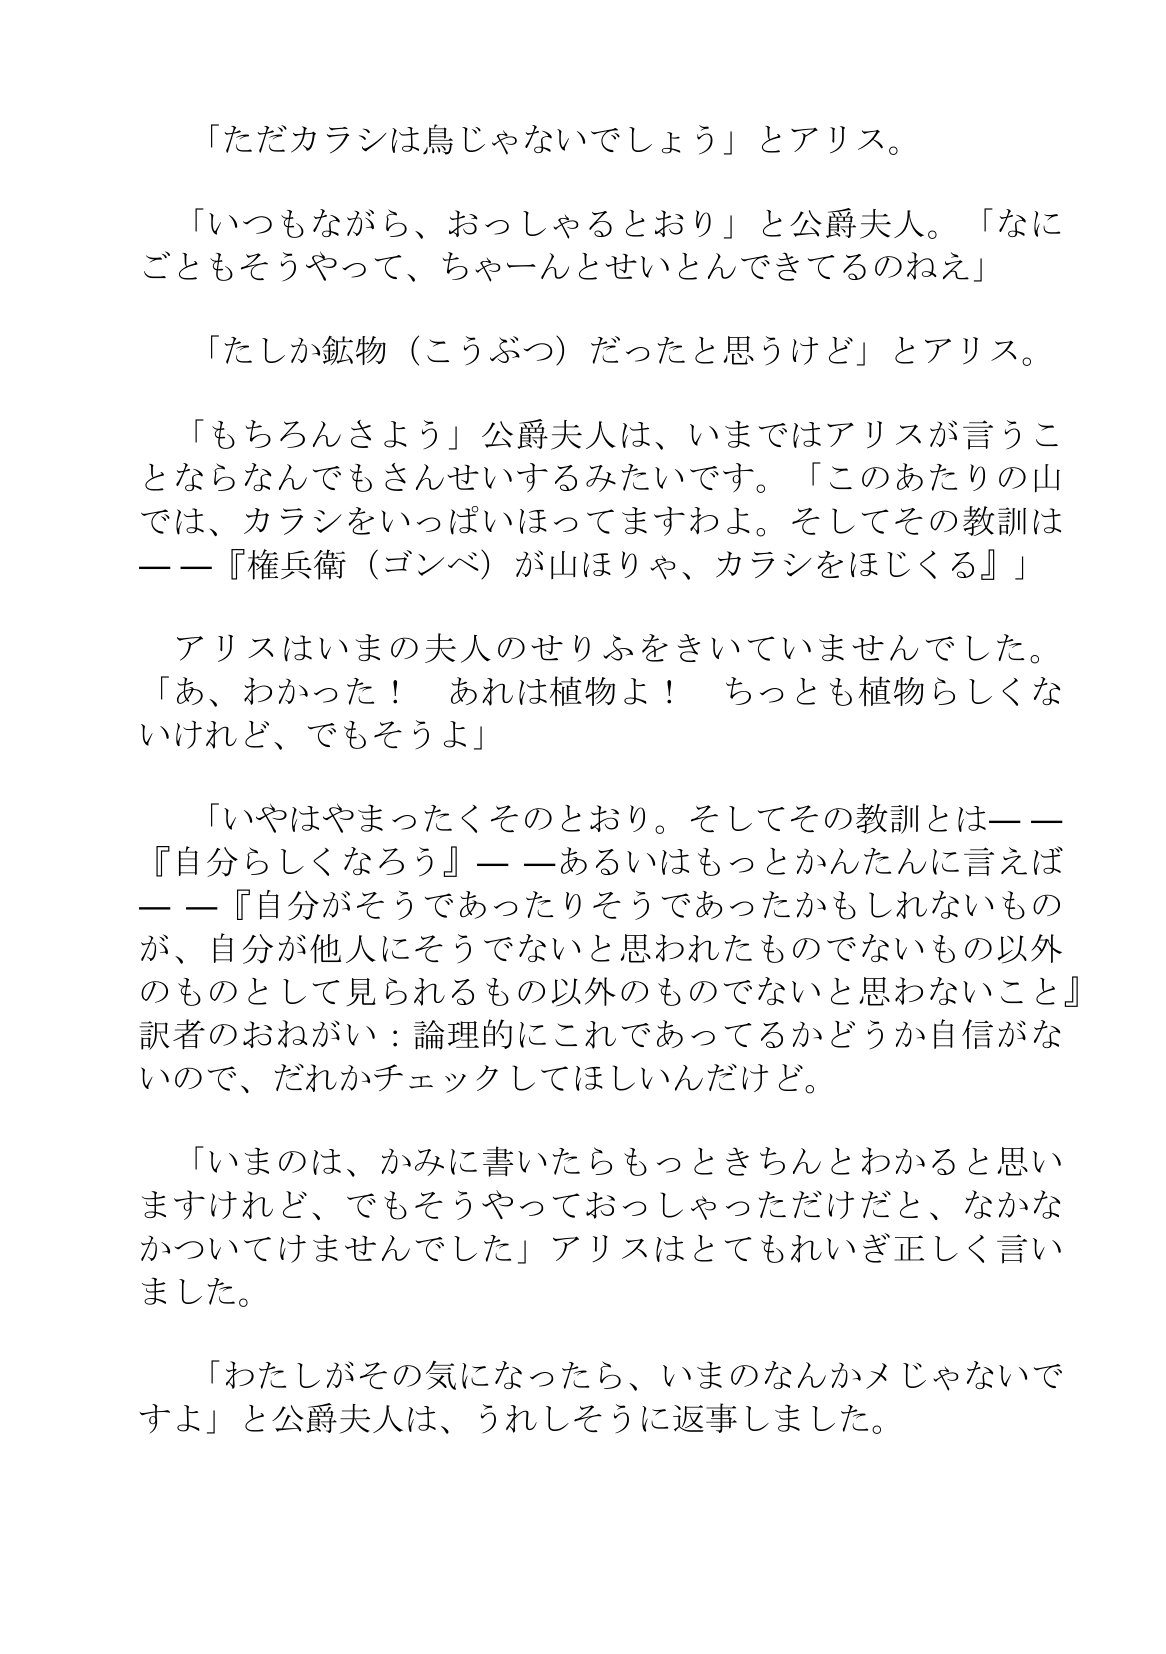
Language: ja